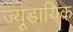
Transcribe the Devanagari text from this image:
ज्यूडायिक